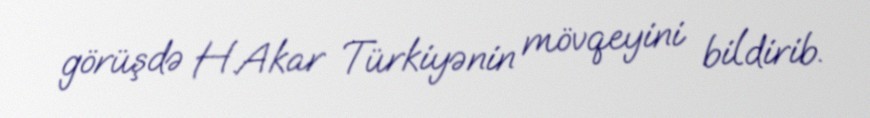
görüşdə H.Akar Türkiyənin mövqeyini bildirib.